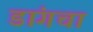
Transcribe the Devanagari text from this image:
डांगचा